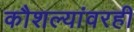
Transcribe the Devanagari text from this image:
कौशल्यांवरही